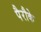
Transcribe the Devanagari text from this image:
पैरौके